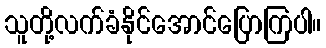
သူတို့လက်ခံနိုင်အောင်ပြောကြပါ။